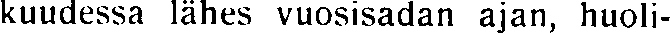
kuudessa lähes vuosisadan ajan, huoli-